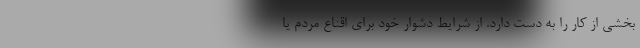
بخشي از كار را به دست دارد. از شرايط دشوار خود براي اقناع مردم يا